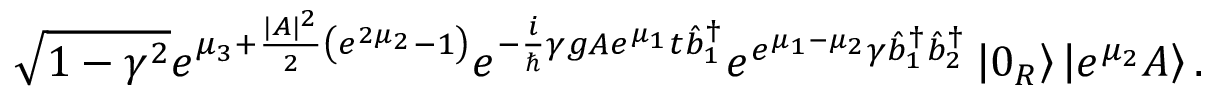
\sqrt { 1 - \gamma ^ { 2 } } e ^ { \mu _ { 3 } + \frac { | A | ^ { 2 } } { 2 } \left( e ^ { 2 \mu _ { 2 } } - 1 \right) } e ^ { - \frac { i } { \hslash } \gamma g A e ^ { \mu _ { 1 } } t \hat { b } _ { 1 } ^ { \dagger } } e ^ { e ^ { \mu _ { 1 } - \mu _ { 2 } } \gamma \hat { b } _ { 1 } ^ { \dagger } \hat { b } _ { 2 } ^ { \dagger } } \left\vert 0 _ { R } \right\rangle \left\vert e ^ { \mu _ { 2 } } A \right\rangle .